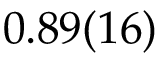
0 . 8 9 ( 1 6 )